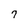
Character: 7